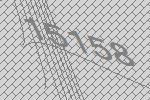
15158